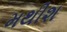
મથીશ